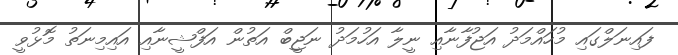
ފައިނަލްގައި މުހައްމަދު އަޖުފާނާއި ނީލާ އަހުމަދު ނަޖީބް އަތުން އަފްޝީނާއި އައިމިނަތު މޮޅުވީ